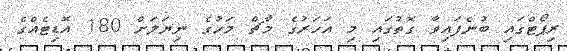
ރިޕޯޓްގައި ބުނެފައިވާ ގޮތުގައި މި އަހަރުގެ މާޗް މަހުގެ ނިޔަލަށް 180 އޮޑިޓެއްގެ